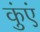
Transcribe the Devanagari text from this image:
कुंएं